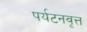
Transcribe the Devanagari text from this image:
पर्यटनवृत्त